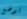
يوضع